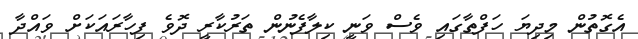
އެގޮތުން މިދިޔަ ހަފްތާގައި ވެސް ވަނީ ކިލާފެނުން ތަރުކާރީ ދޮވެ ފިހާރައަކަށް ވައްދާ